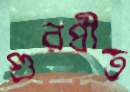
গুরপ্রীত